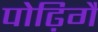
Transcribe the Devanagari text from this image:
पोढ़िगै